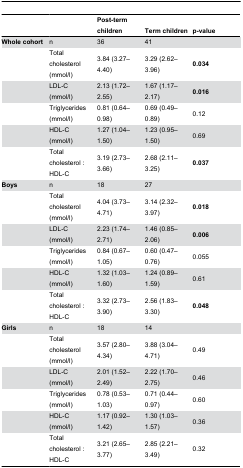
<table><thead><tr><td>[EMPTY_CELL]</td><td>[EMPTY_CELL]</td><td><b>Post-term children</b></td><td><b>Term children</b></td><td><b>p-value</b></td></tr></thead><tbody><tr><td><b>Whole cohort</b></td><td>n</td><td>36</td><td>41</td><td>[EMPTY_CELL]</td></tr><tr><td>[EMPTY_CELL]</td><td>Total cholesterol (mmol/l)</td><td>3.84 (3.27–4.40)</td><td>3.29 (2.62–3.96)</td><td><b>0.034</b></td></tr><tr><td>[EMPTY_CELL]</td><td>LDL-C (mmol/l)</td><td>2.13 (1.72–2.55)</td><td>1.67 (1.17–2.17)</td><td><b>0.016</b></td></tr><tr><td>[EMPTY_CELL]</td><td>Triglycerides (mmol/l)</td><td>0.81 (0.64–0.98)</td><td>0.69 (0.49–0.89)</td><td>0.12</td></tr><tr><td>[EMPTY_CELL]</td><td>HDL-C (mmol/l)</td><td>1.27 (1.04–1.50)</td><td>1.23 (0.95–1.50)</td><td>0.69</td></tr><tr><td>[EMPTY_CELL]</td><td>Total cholesterol : HDL-C</td><td>3.19 (2.73–3.66)</td><td>2.68 (2.11–3.25)</td><td><b>0.037</b></td></tr><tr><td><b>Boys</b></td><td>n</td><td>18</td><td>27</td><td>[EMPTY_CELL]</td></tr><tr><td>[EMPTY_CELL]</td><td>Total cholesterol (mmol/l)</td><td>4.04 (3.73–4.71)</td><td>3.14 (2.32–3.97)</td><td><b>0.018</b></td></tr><tr><td>[EMPTY_CELL]</td><td>LDL-C (mmol/l)</td><td>2.23 (1.74–2.71)</td><td>1.46 (0.85–2.06)</td><td><b>0.006</b></td></tr><tr><td>[EMPTY_CELL]</td><td>Triglycerides (mmol/l)</td><td>0.84 (0.67–1.05)</td><td>0.60 (0.47–0.76)</td><td>0.055</td></tr><tr><td>[EMPTY_CELL]</td><td>HDL-C (mmol/l)</td><td>1.32 (1.03–1.60)</td><td>1.24 (0.89–1.59)</td><td>0.61</td></tr><tr><td>[EMPTY_CELL]</td><td>Total cholesterol : HDL-C</td><td>3.32 (2.73–3.90)</td><td>2.56 (1.83–3.30)</td><td><b>0.048</b></td></tr><tr><td><b>Girls</b></td><td>n</td><td>18</td><td>14</td><td>[EMPTY_CELL]</td></tr><tr><td>[EMPTY_CELL]</td><td>Total cholesterol (mmol/l)</td><td>3.57 (2.80–4.34)</td><td>3.88 (3.04–4.71)</td><td>0.49</td></tr><tr><td>[EMPTY_CELL]</td><td>LDL-C (mmol/l)</td><td>2.01 (1.52–2.49)</td><td>2.22 (1.70–2.75)</td><td>0.46</td></tr><tr><td>[EMPTY_CELL]</td><td>Triglycerides (mmol/l)</td><td>0.78 (0.53–1.03)</td><td>0.71 (0.44–0.97)</td><td>0.60</td></tr><tr><td>[EMPTY_CELL]</td><td>HDL-C (mmol/l)</td><td>1.17 (0.92–1.42)</td><td>1.30 (1.03–1.57)</td><td>0.36</td></tr><tr><td>[EMPTY_CELL]</td><td>Total cholesterol : HDL-C</td><td>3.21 (2.65–3.77)</td><td>2.85 (2.21–3.49)</td><td>0.32</td></tr></tbody></table>